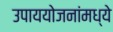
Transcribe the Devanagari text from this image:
उपाययोजनांमध्ये